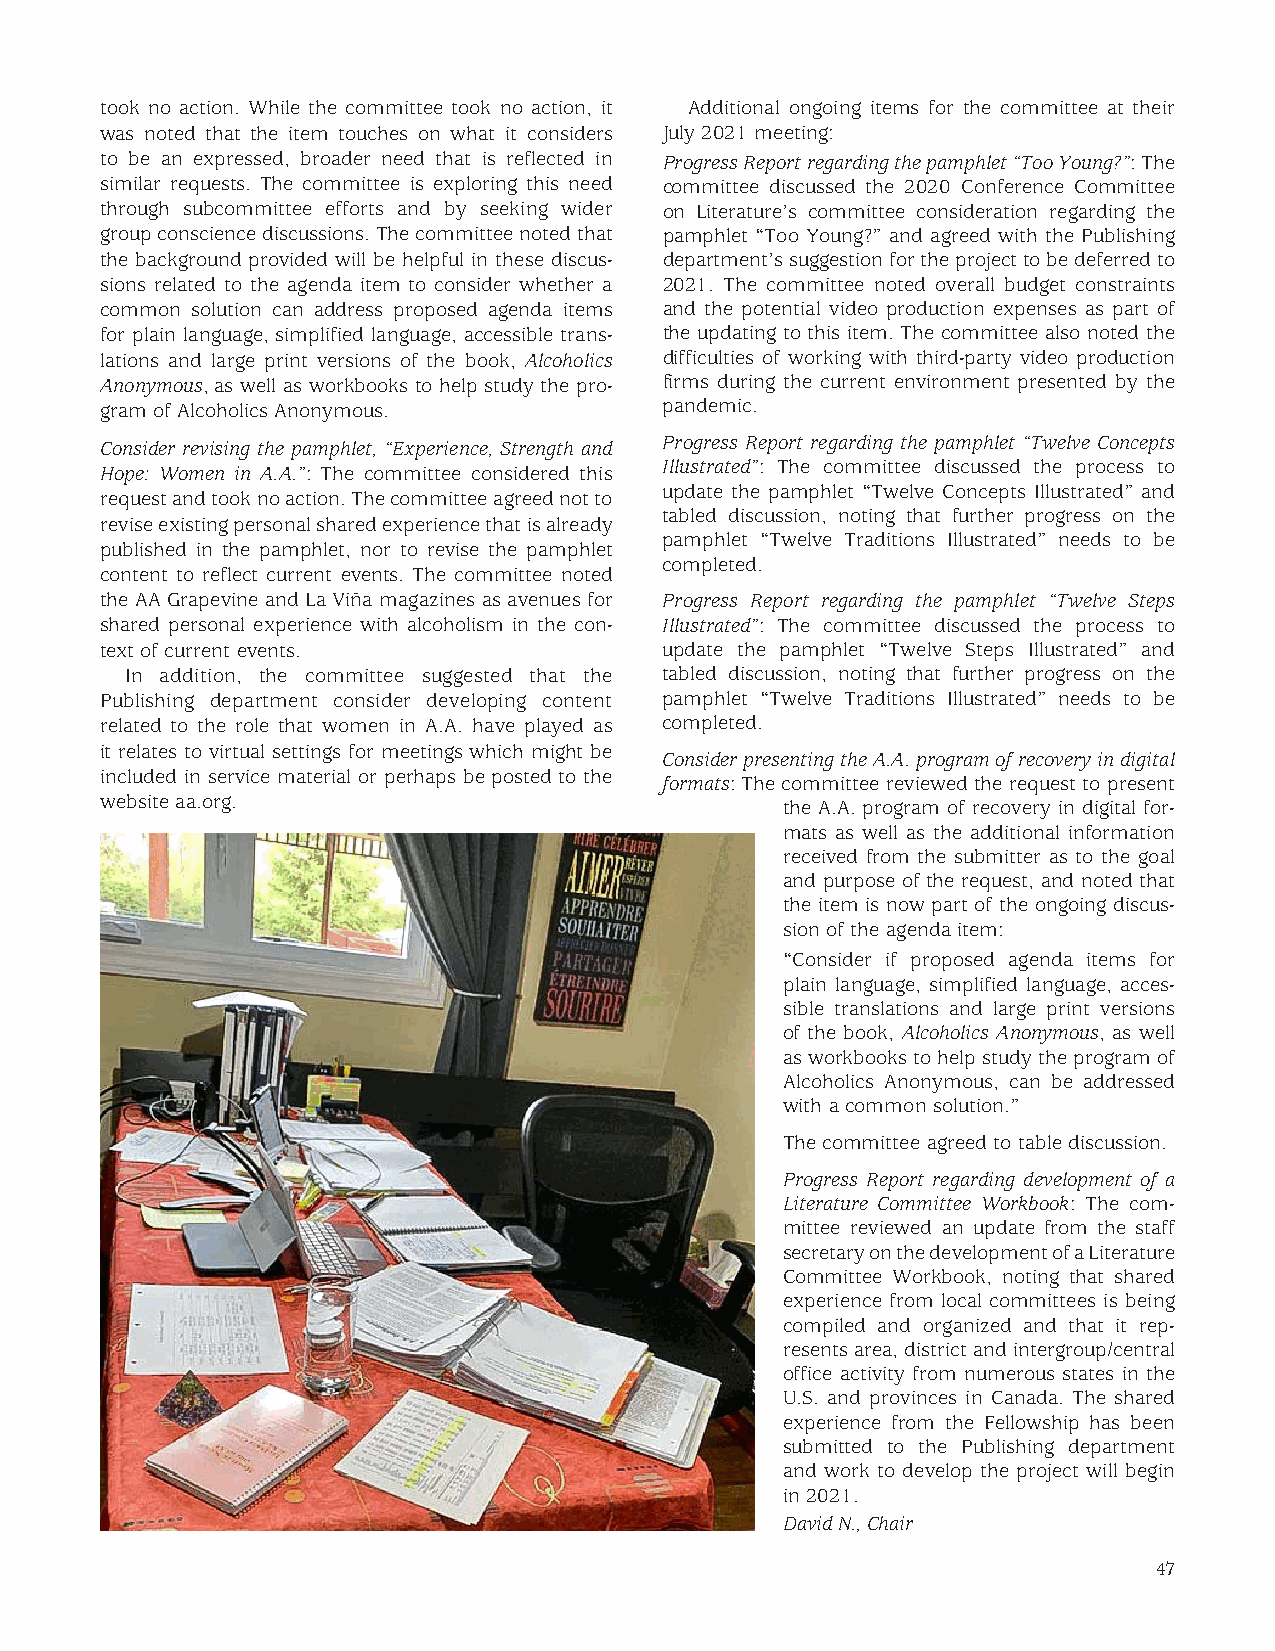
took no action. While the committee took no action, it Additional ongoing items for the committee at their
 was noted that the item touches on what it considers July 2021 meeting:
 to be an expressed, broader need that is reflected in Progress Report regarding the pamphlet “Too Young?”: The
 similar requests. The committee is exploring this need committee discussed the 2020 Conference Committee
 through subcommittee efforts and by seeking wider on Literature’s committee consideration regarding the
 group conscience discussions. The committee noted that pamphlet “Too Young?” and agreed with the Publishing
 the background provided will be helpful in these discus- department’s suggestion for the project to be deferred to
 sions related to the agenda item to consider whether a 2021. The committee noted overall budget constraints
 common solution can address proposed agenda items and the potential video production expenses as part of
 for plain language, simplified language, accessible trans- the updating to this item. The committee also noted the
 lations and large print versions of the book, Alcoholics difficulties of working with third-party video production
 Anonymous, as well as workbooks to help study the pro- firms during the current environment presented by the
 gram of Alcoholics Anonymous.        pandemic.
 Consider revising the pamphlet, “Experience, Strength and Progress Report regarding the pamphlet “Twelve Concepts
 Illustrated”: The committee discussed the process to
 Hope: Women in A.A.”: The committee considered this
 update the pamphlet “Twelve Concepts Illustrated” and
 request and took no action. The committee agreed not to
 tabled discussion, noting that further progress on the
 revise existing personal shared experience that is already
 pamphlet “Twelve Traditions Illustrated” needs to be
 published in the pamphlet, nor to revise the pamphlet
 completed.
 content to reflect current events. The committee noted
 the AA Grapevine and La Viña magazines as avenues for Progress Report regarding the pamphlet “Twelve Steps
 shared personal experience with alcoholism in the con- Illustrated”: The committee discussed the process to
 text of current events.              update the pamphlet “Twelve Steps Illustrated” and
 In addition, the committee suggested that the tabled discussion, noting that further progress on the
 Publishing department consider developing content pamphlet “Twelve Traditions Illustrated” needs to be
 related to the role that women in A.A. have played as completed.
 it relates to virtual settings for meetings which might be
 Consider presenting the A.A. program of recovery in digital
 included in service material or perhaps be posted to the
 formats: The committee reviewed the request to present
 website aa.org.                              the A.A. program of recovery in digital for-
 mats as well as the additional information
 received from the submitter as to the goal
 and purpose of the request, and noted that
 the item is now part of the ongoing discus-
 sion of the agenda item:
 “Consider if proposed agenda items for
 plain language, simplified language, acces-
 sible translations and large print versions
 of the book, Alcoholics Anonymous, as well
 as workbooks to help study the program of
 Alcoholics Anonymous, can be addressed
 with a common solution.”
 The committee agreed to table discussion.
 Progress Report regarding development of a
 Literature Committee Workbook: The com-
 mittee reviewed an update from the staff
 secretary on the development of a Literature
 Committee Workbook, noting that shared
 experience from local committees is being
 compiled and organized and that it rep-
 resents area, district and intergroup/central
 office activity from numerous states in the
 U.S. and provinces in Canada. The shared
 experience from the Fellowship has been
 submitted to the Publishing department
 and work to develop the project will begin
 in 2021.
 David N., Chair
 47